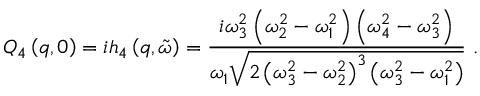
Q _ { 4 } \left( q , 0 \right) = i h _ { 4 } \left( q , \tilde { \omega } \right) = \frac { i \omega _ { 3 } ^ { 2 } \left( \omega _ { 2 } ^ { 2 } - \omega _ { 1 } ^ { 2 } \right) \left( \omega _ { 4 } ^ { 2 } - \omega _ { 3 } ^ { 2 } \right) } { \omega _ { 1 } \sqrt { 2 \left( \omega _ { 3 } ^ { 2 } - \omega _ { 2 } ^ { 2 } \right) ^ { 3 } \left( \omega _ { 3 } ^ { 2 } - \omega _ { 1 } ^ { 2 } \right) } } \ .